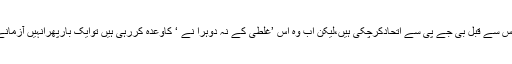
ٹھیک ہے مایاوتی، اس سے قبل بی جے پی سے اتحادکرچکی ہیں،لیکن اب وہ اس ’غلطی کے نہ دوہرا نے ‘ کاوعدہ کررہی ہیں توایک بارپھرانہیں آزمانے میں کیاقباحت ہے ۔